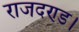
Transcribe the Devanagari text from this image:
राजदण्ड।